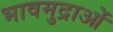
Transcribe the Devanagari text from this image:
भावमुद्राओं